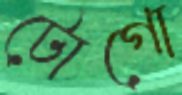
টোগো